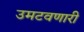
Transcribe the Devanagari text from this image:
उमटवणारी